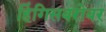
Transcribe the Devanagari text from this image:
हिंगिसबरोबर